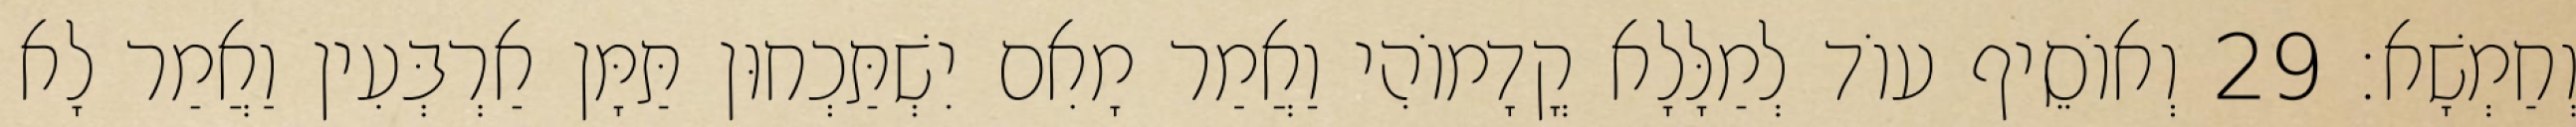
וְחַמְשָׁא׃ 29 וְאוֹסֵיף עוֹד לְמַלָּלָא קֳדָמוֹהִי וַאֲמַר מָאִם יִשְׁתַּכְחוּן תַּמָּן אַרְבְּעִין וַאֲמַר לָא